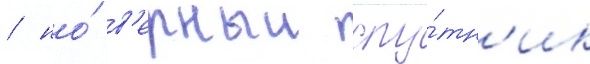
/ но́ в'ерныи спу́тн'ик